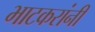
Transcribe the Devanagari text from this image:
भाटकरांनी